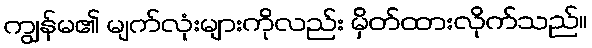
ကျွန်မ၏ မျက်လုံးများကိုလည်း မှိတ်ထားလိုက်သည်။